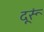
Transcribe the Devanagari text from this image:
दूरूं